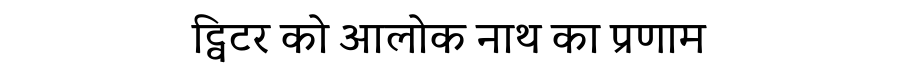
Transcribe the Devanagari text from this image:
ट्विटर को आलोक नाथ का प्रणाम